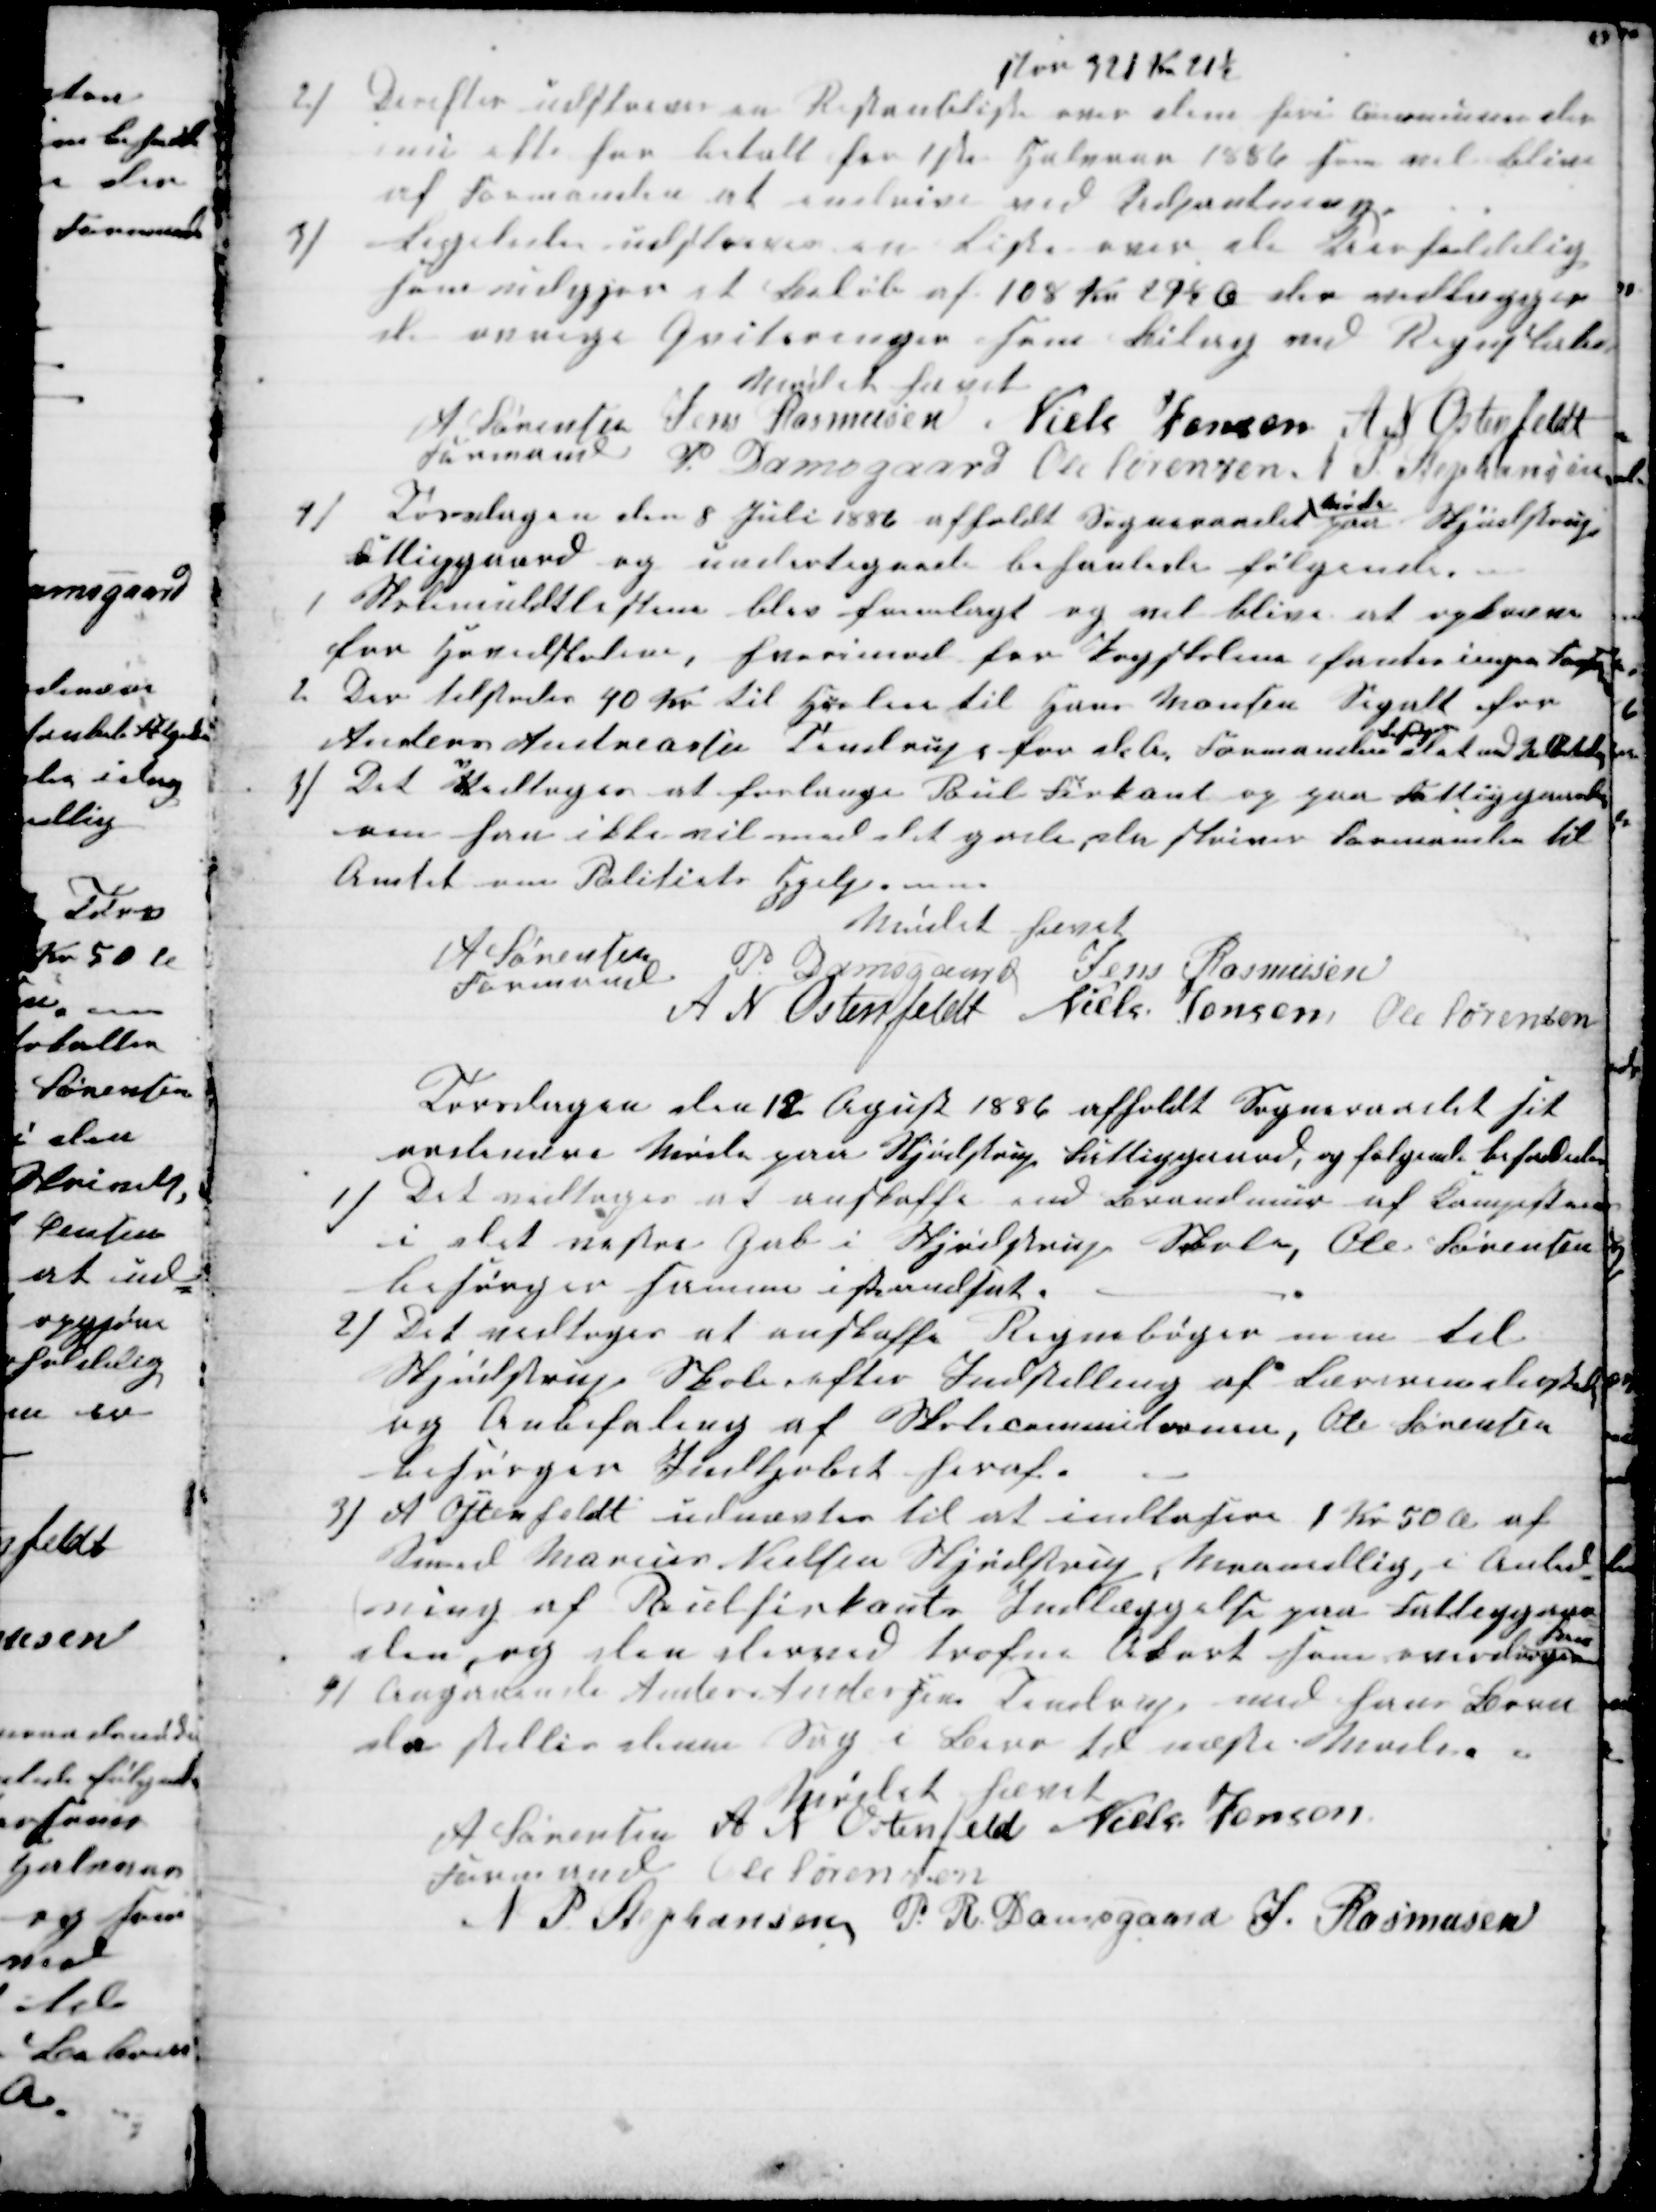
Transskription:
2) Derefter udskreves en Restanseliste
stor 321 Kr 21½
over dem heri Communen der
inu ikke har betalt for 1ste Halvaar 1886 som vil blive
af Formanden at endrive ved Udpantning.
3) Ligeledes udskreves en Liste over de Uerholdelig
som udgjør et Beløb af 108 Kr 29½ Ø der vedlægges
de øvrige Qviteringer som Bilag ved Regnskabet
Mødet hævet
A Sørensen 
Formand
Jens Rasmusen Niels Jensen A N Ostenfeldt
P. Damsgaard Ole Sørensen N P Stephansen
4) Torsdagen den 8 Juli 1886 afholdt Sogneraadet 
Møde
paa Skjødstrup
Fattiggaard og undertegnede behanlede følgende.
1
Skolemuldtlisten blev fremlagt og vil blive at opkræve
for Hovedskolerne, hvorimod for Pogeskolerne fantes ingen Fra
2
Der tilstodes 40 Kr til Husleie til Hans Monsen Segalt for
Anders Andreassen Tendrup for d.A. Formanden 
besørger
det ved Udbetaling
1) Det V
v
edtoges at forlange Poul Firkant op paa Fattiggaarden
om han ikke vil med det gode, da skriver Formanden til
Amtet om Politiets Hjelp. m m 
Mødet hævet
A Sørensen
Formand
P Damsgaard Jens Rasmusen
A N Ostenfeldt Niels Jensen Ole Sørensen
Torsdagen den 12 Agust 1886 afholdt Sogneraadet sit
ordinære Møde paa Skjødstrup Fattiggaard, og følgende behanledes
1) Det vedtoges at anskaffe end Brandmur af Kampesteen
i det vestre Gab i Skjødstrup Skole, Ole Sørensen
besørger sammen istandsat.
2) Det vedtoges at anskaffe Regnebøger mm til
Skjødstrup Skole efter Indtilling af Lærerundersk
og Anbefaling af Skolecommitionen, Ole Sørensen
besørger Indkjøbet heraf.
3) A Ostenfeldt udnævtes til at indkasere 1 Kr 50 Ø af
Smed Marius Nielsen Skjødstrup, Maanedlig, i Anled-
ning af Poulfirkants Indlæggelse paa Fattiggaar-
den, og den derved trofne Akort som overdroges 
ham
8) Angaaende Anders Andersens Tendrup med hans Børn
da stilles denne Sag i Bero til næste Møde.
Mødet hævet
A Sørensen 
Formand 
A N Ostenfeld Niels Jensen
Ole Sørensen
N P Stephansen P. R. Damsgaard J. Rasmusen